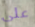
على